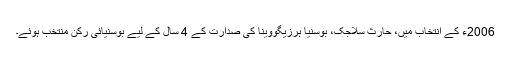
2006ء کے انتخاب میں، حارث سلاجک، بوسنیا ہرزیگووینا کی صدارت کے 4 سال کے لیے بوسنیائی رکن منتخب ہوئے۔